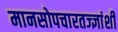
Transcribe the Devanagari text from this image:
मानसोपचारतज्ज्ञांशी